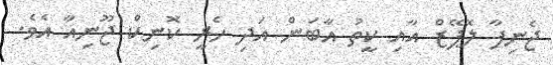
ޖެނިފާ ލޮޕޭޒް އާއި ކީތު އާބަން އަދި ހެރީ ކޮނިކް ޖޫނިއާ އެވެ.